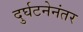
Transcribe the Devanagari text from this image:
दुर्घटनेनंतर